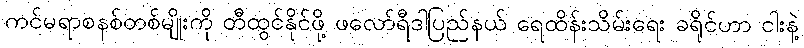
ကင်မရာစနစ်တစ်မျိုးကို တီထွင်နိုင်ဖို့ ဖလော်ရီဒါပြည်နယ် ရေထိန်းသိမ်းရေး ခရိုင်ဟာ ငါးနဲ့